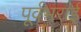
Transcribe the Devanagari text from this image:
पूर्वभराई